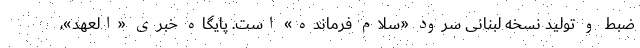
ضبط و تولید نسخه لبنانی سرود «سلام فرمانده» است. پایگاه خبری «العهد»،